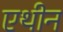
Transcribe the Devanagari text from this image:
एथीन